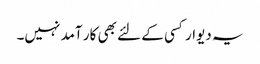
یہ دیوار کسی کے لئے بھی کار آمد نہیں۔